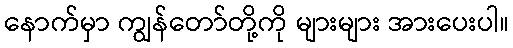
နောက်မှာ ကျွန်တော်တို့ကို များများ အားပေးပါ။